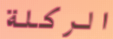
الركلة